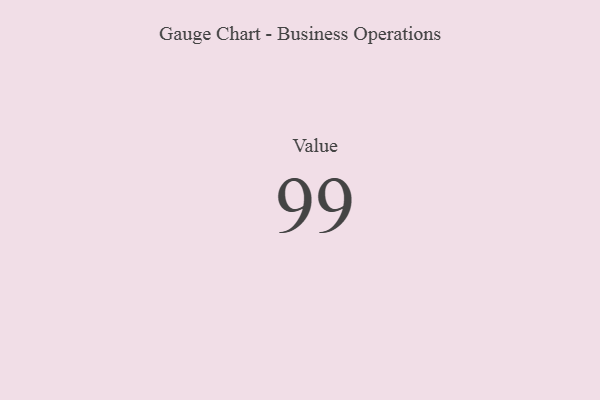
{"axis": {"x": "Metric", "y": "Value"}, "legend": [""], "data": [{"x": "Value", "y": 99, "type": ""}]}